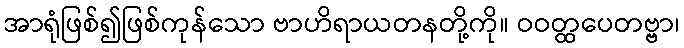
အာရုံဖြစ်၍ဖြစ်ကုန်သော ဗာဟိရာယတနတို့ကို။ ဝဝတ္ထပေတဗ္ဗာ၊